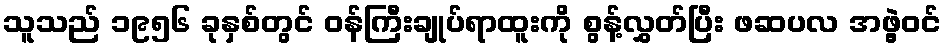
သူသည် ၁၉၅၆ ခုနှစ်တွင် ဝန်ကြီးချုပ်ရာထူးကို စွန့်လွှတ်ပြီး ဖဆပလ အဖွဲ့ဝင်